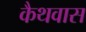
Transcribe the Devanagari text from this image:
कैथवास